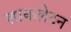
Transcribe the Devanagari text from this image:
शाकलेटन